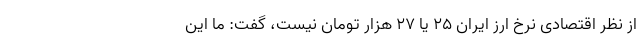
از نظر اقتصادی نرخ ارز ایران ۲۵ یا ۲۷ هزار تومان نیست، گفت: ما این